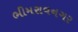
ભીમરાવનગર